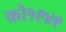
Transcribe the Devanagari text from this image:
को१९४९